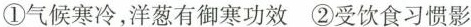
①气候寒冷，洋葱有御寒功效②受饮食习惯影